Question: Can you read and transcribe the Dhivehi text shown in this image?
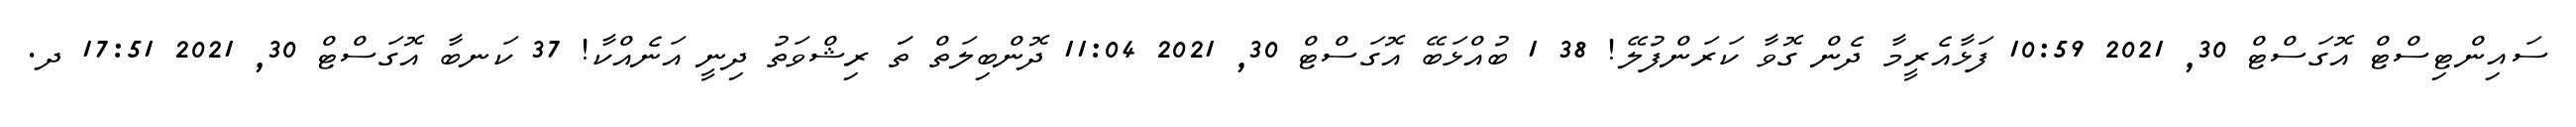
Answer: ސައިންޓިސްޓް އޮގަސްޓް 30, 2021 10:59 ފަޅާއެރީމާ ދެން ގޮވާ ކަރަންފުލޭ! 38 1 ބުއްޅަބޭ އޮގަސްޓް 30, 2021 11:04 ދޮންބިލަތް ތަަ ރިޝްވަތު ދިނީ އަނެއްކާ! 37 ކަނބާ އޮގަސްޓް 30, 2021 17:51 ދ.